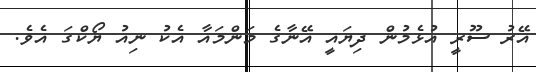
އޭރު ސޫރީ އުޅެމުން ދިޔައީ އޭނާގެ މަންމައާ އެކު ނިއު ޔޯކްގަ އެވެ.